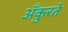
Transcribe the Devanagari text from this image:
अँकुरते